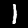
Digit: 1